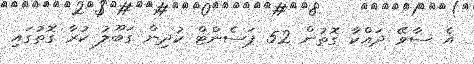
އެ ސާވޭ ދައްކާ ގޮތުން 52 ޕަސެންޓް ކުދިން ގަބޫލު ކުރާ ގޮތުގައި